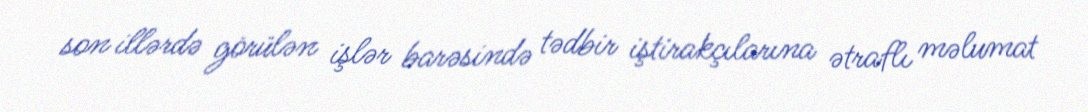
son illərdə görülən işlər barəsində tədbir iştirakçılarına ətraflı məlumat